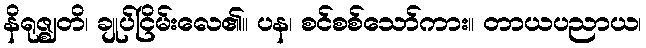
နိရုဇ္ဈတိ၊ ချုပ်ငြိမ်းလေ၏။ ပန၊ စင်စစ်သော်ကား။ တာယပညာယ၊